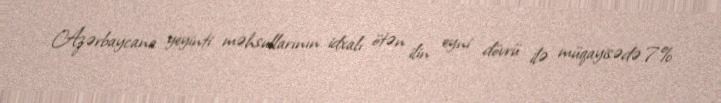
Azərbaycana yeyinti məhsullarının idxalı ötən ilin eyni dövrü ilə müqayisədə 7%